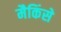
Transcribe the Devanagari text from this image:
मैकिंसे